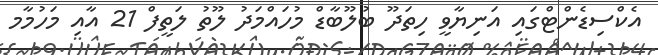
އެކްސިޑެންޓްގައި އަނިޔާވީ ހިތަދޫ ބުލޫބާޑް މުހައްމަދު ލޫތު ލަތީފް 21 އާއި މަހުމާމ